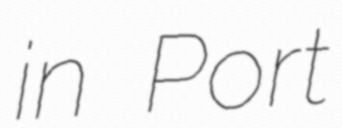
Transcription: in Port